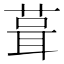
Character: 葺